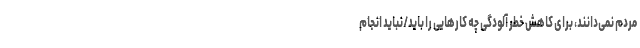
مردم نمی‌دانند، برای کاهش خطر آلودگی چه کارهایی را باید/نباید انجام